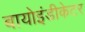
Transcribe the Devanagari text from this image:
बायोइंडीकेटर